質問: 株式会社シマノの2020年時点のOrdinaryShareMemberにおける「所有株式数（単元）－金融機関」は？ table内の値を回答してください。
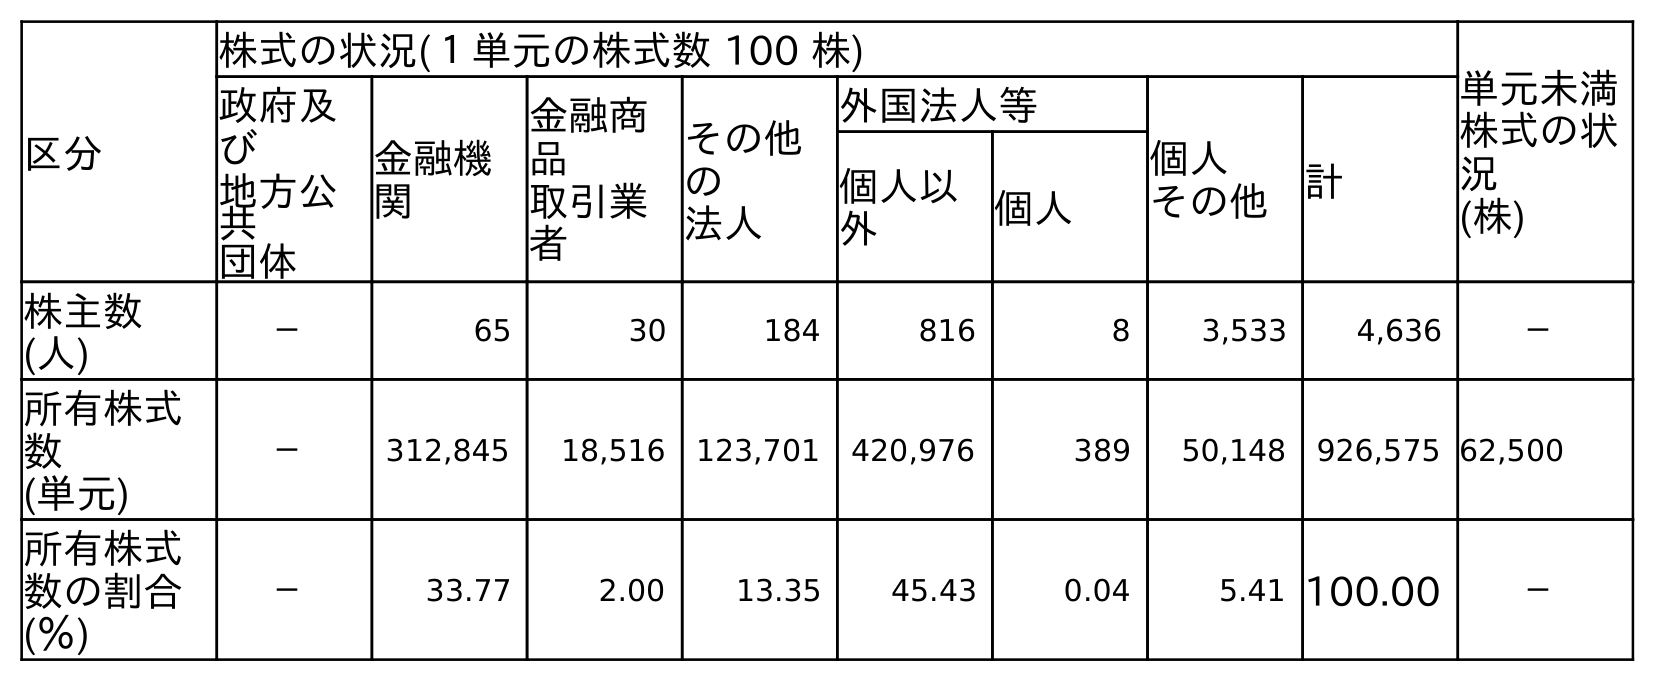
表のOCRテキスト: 区分 株式の状況(１単元の株式数 100 株) 単元未満 株式の状 況 (株) 政府及 び 地方公 共 団体 金融機 関 金融商 品 取引業 者 その他 の 法人 外国法人等 個人 その他 計 個人以 外 個人 株主数 (人) － 65 30 184 816 8 3,533 4,636 － 所有株式 数 (単元) － 312,845 18,516 123,701 420,976 389 50,148 926,575 62,500 所有株式 数の割合 (％) － 33.77 2.00 13.35 45.43 0.04 5.41 100.00 －
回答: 312,845